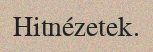
Hitnézetek.